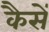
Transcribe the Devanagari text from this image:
कैसें